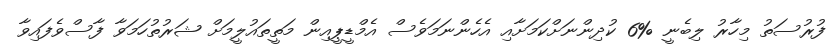
ފުރުސަތު މިހާރު ލިބެނީ %6 ކުދިންނަށްކަމަށާއި އެހެންނަމަވެސް އެމްޑީޕީއިން މަތީތައުލީމަށް ޝަރުތުހަމަވާ ފާސްވެފައިވާ